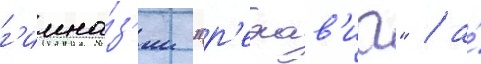
г'имна́з'ии "р'ехав'иа" / а́